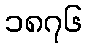
၁၈၇၆